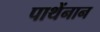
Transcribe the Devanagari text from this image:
पाथेंनान